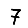
Digit: 7